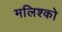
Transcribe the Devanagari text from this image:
मलिश्को